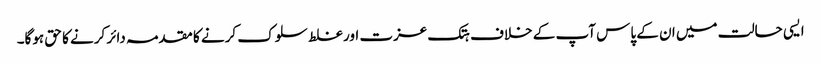
ایسی حالت میں ان کے پاس آپ کے خلاف ہتک عزت اور غلط سلوک کرنے کا مقدمہ دائر کرنے کا حق ہوگا۔